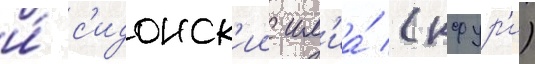
и́ с'идонск'ии ил'иа́ (кфур'и)